65_HS1-834228961_62-HQ-83894_Section_2
Agency: FBI
Page 170
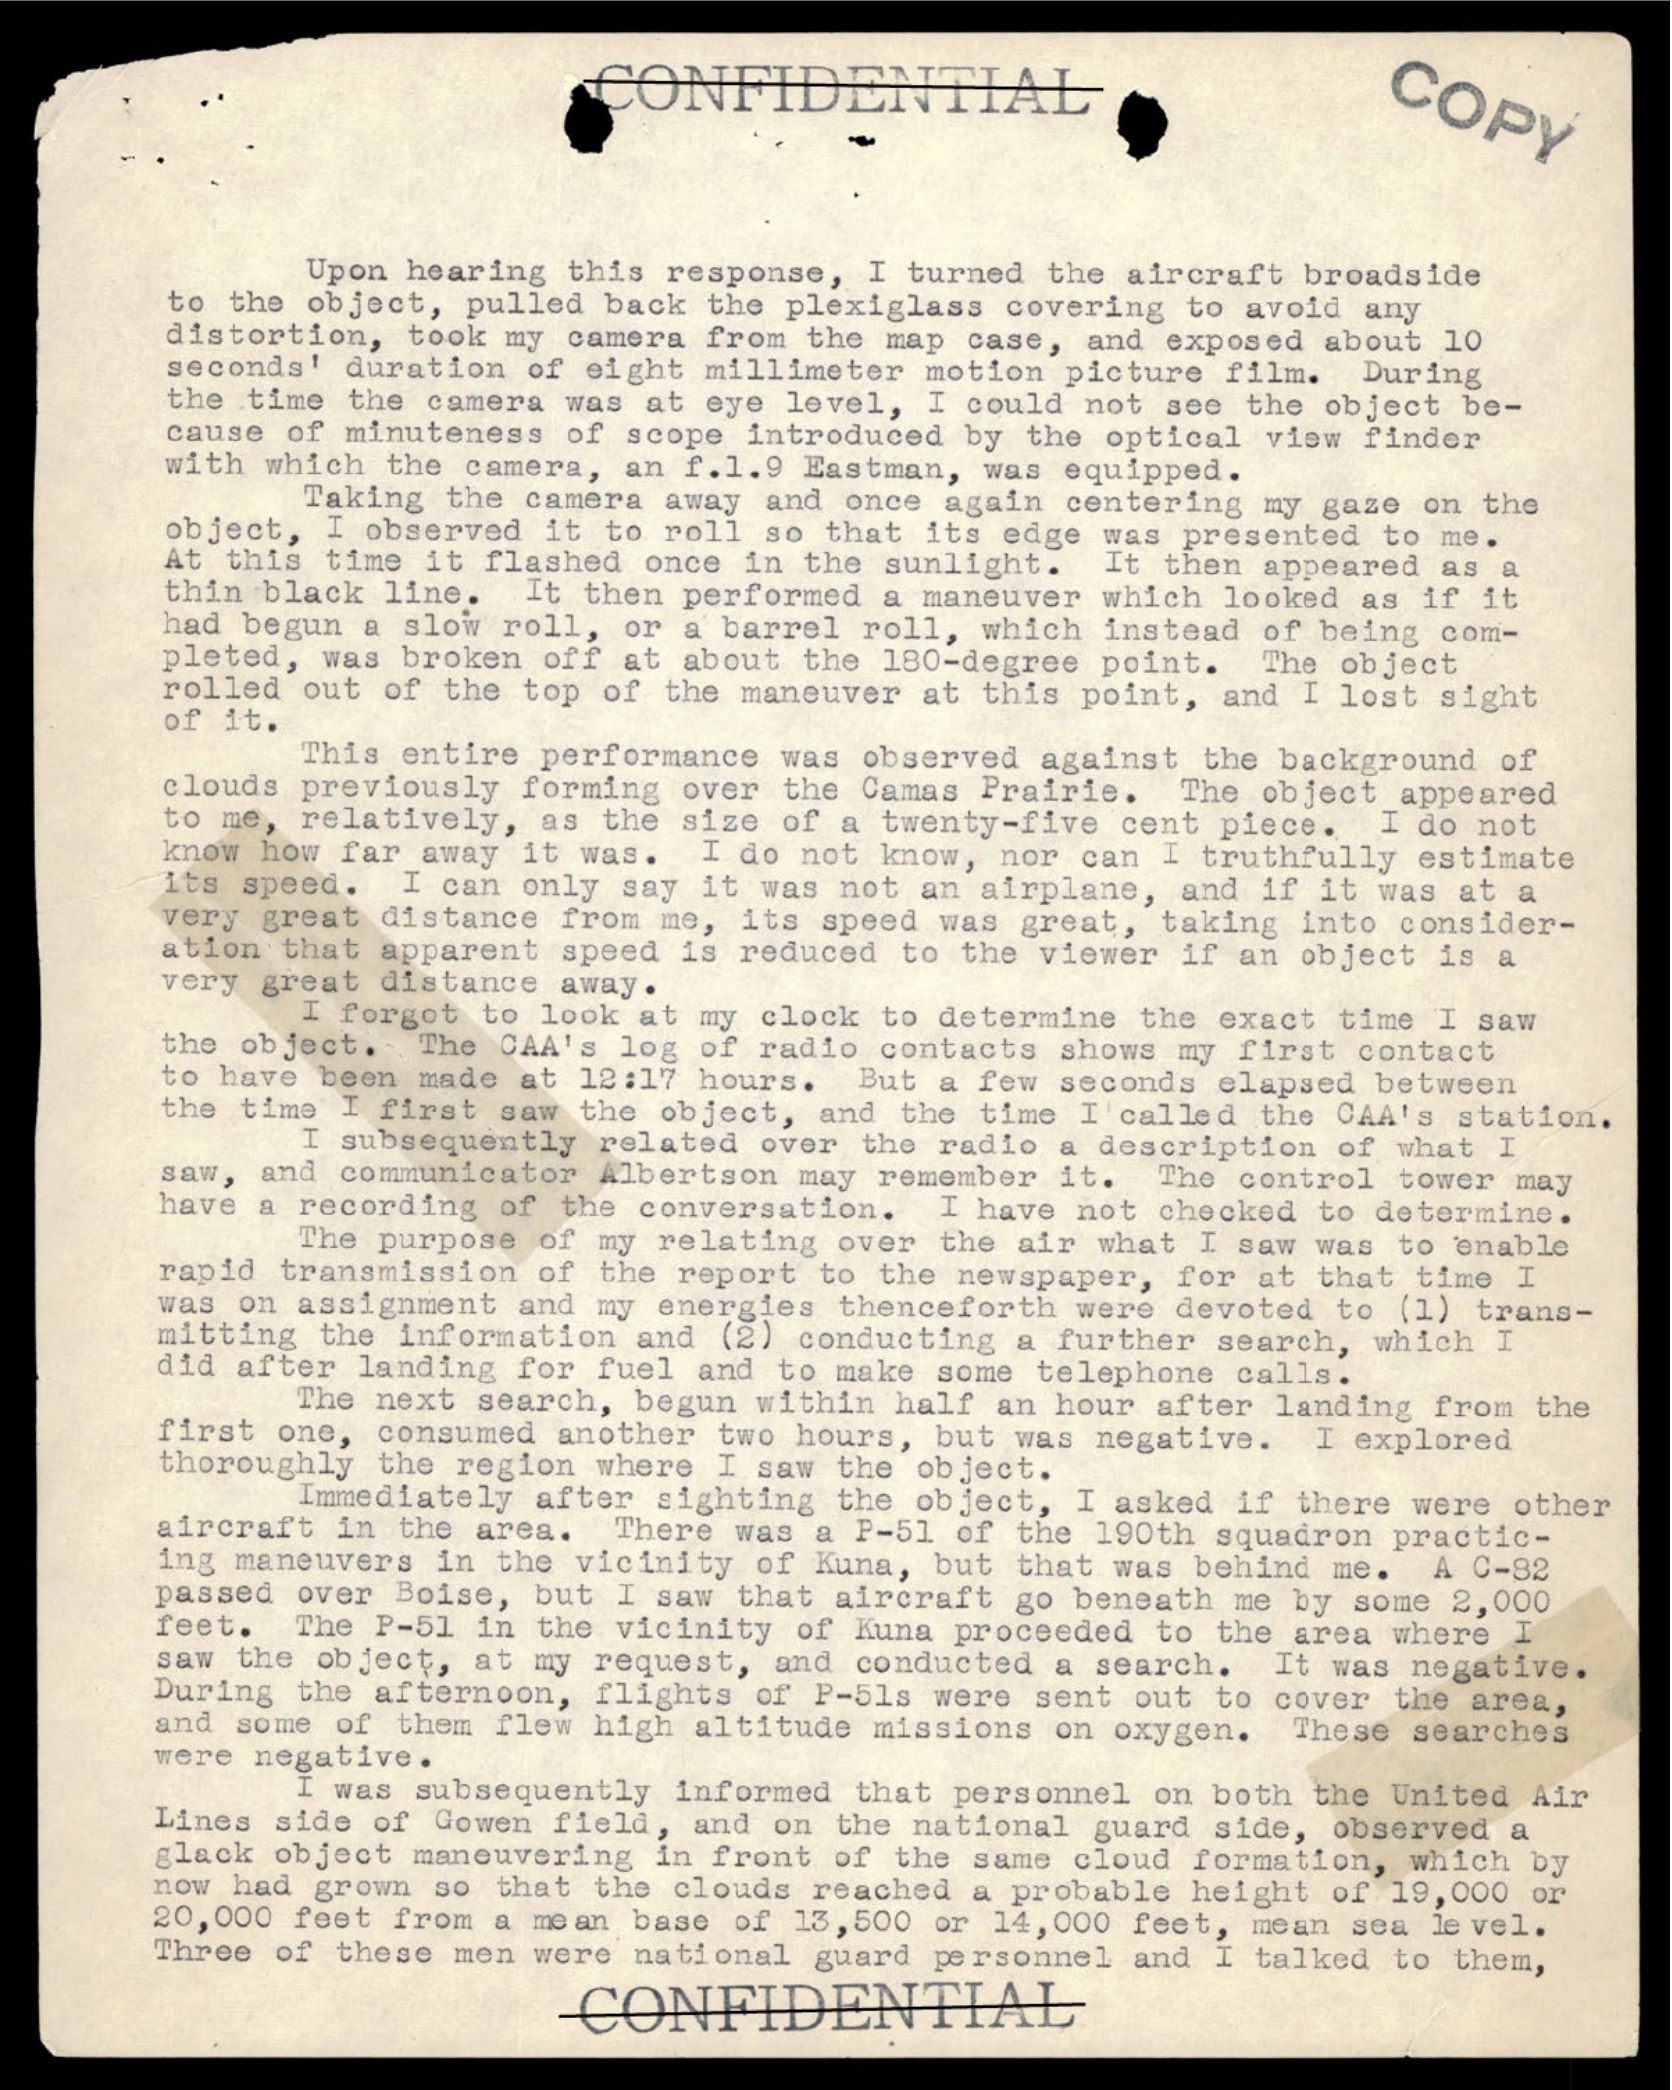